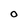
Character: o